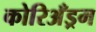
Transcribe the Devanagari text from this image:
कोरिअँड्रम